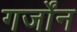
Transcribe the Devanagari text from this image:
गर्जोंन